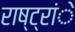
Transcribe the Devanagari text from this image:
राष्ट्रांे